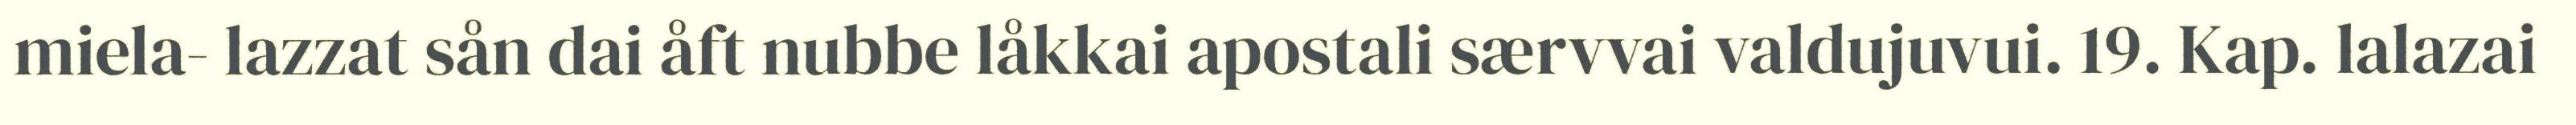
miela- lazzat sån dai åft nubbe låkkai apostali særvvai valdujuvui. 19. Kap. lalazai